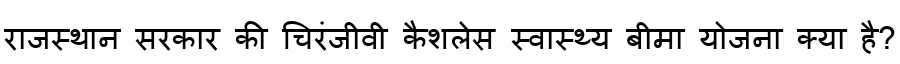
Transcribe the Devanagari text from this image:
राजस्थान सरकार की चिरंजीवी कैशलेस स्वास्थ्य बीमा योजना क्या है?